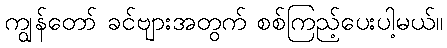
ကျွန်တော် ခင်ဗျားအတွက် စစ်ကြည့်ပေးပါ့မယ်။